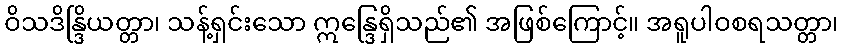
ဝိသဒိန္ဒြိယတ္တာ၊ သန့်ရှင်းသော ဣန္ဒြေရှိသည်၏ အဖြစ်ကြောင့်။ အရူပါဝစရသတ္တာ၊